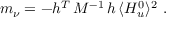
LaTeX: m _ { \nu } = - h ^ { T } \, M ^ { - 1 } \, h \, \langle H _ { u } ^ { 0 } \rangle ^ { 2 } \, \, .